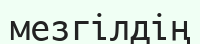
мезгілдің